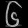
Digit: ၆